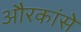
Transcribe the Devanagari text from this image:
औरकांसे